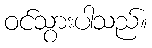
ဝင်သွားပါသည်။